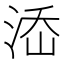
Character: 𣵜